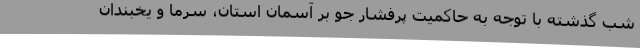
شب‌ گذشته با توجه به حاکمیت پرفشار جو بر آسمان استان، سرما و یخبندان